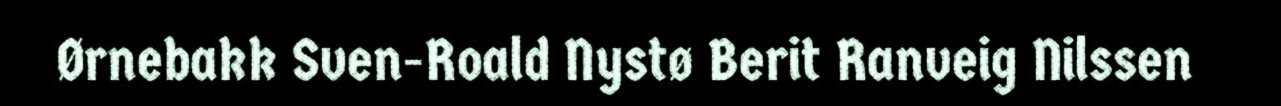
Ørnebakk Sven-Roald Nystø Berit Ranveig Nilssen